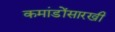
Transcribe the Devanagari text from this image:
कमांडोंसारखी